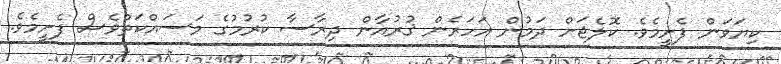
ކިޔަވަން ފެށީމެވެ. ކޮލެޖަށް ދަމުން އަހަރެން ޤުރުއާން ދިރާސާ ކުރުމުގެ މަސައްކަތްވެސް ފެށީމެވެ.